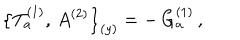
LaTeX: \bigl \{ T _ { a } ^ { ( 1 ) } , \, A ^ { ( 2 ) } \bigr \} _ { ( y ) } = - \, G _ { a } ^ { ( 1 ) } \, ,